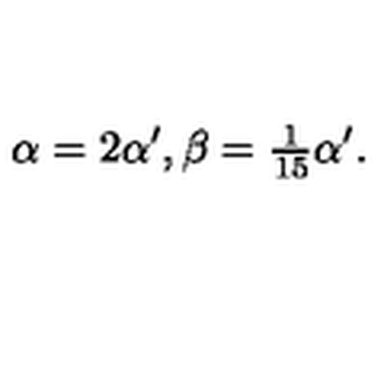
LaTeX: \alpha = 2 \alpha ^ { \prime } , \beta = { \textstyle \frac { 1 } { 1 5 } } \alpha ^ { \prime } .